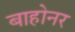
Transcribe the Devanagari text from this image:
बाहोनर